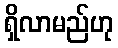
ရှိလာမည်ဟု